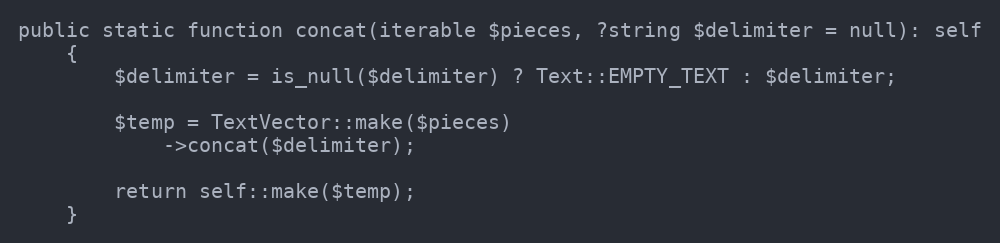
Language: PHP
public static function concat(iterable $pieces, ?string $delimiter = null): self
    {
        $delimiter = is_null($delimiter) ? Text::EMPTY_TEXT : $delimiter;

        $temp = TextVector::make($pieces)
            ->concat($delimiter);

        return self::make($temp);
    }